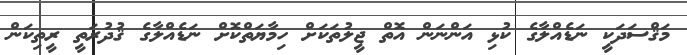
މަޤްސަދަކީ ނަޑެއްލާގެ ކުޅި އަންނަން އޮތް ޖީލުތަކަށް ހިމާޔަތްކޮށް ނަޑެއްލާގެ ޤުދުރަތީ ރީތިކަން